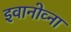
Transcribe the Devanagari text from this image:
इवानोव्ना